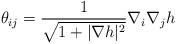
LaTeX: \begin{align*} \theta_{ij} = \frac{1}{\sqrt{1 + |\nabla h|^2}} \nabla_i \nabla_j h \end{align*}